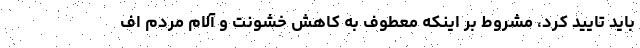
بايد تاييد كرد، مشروط بر اينكه معطوف به كاهش خشونت و آلام مردم اف